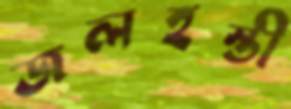
জলহস্তী